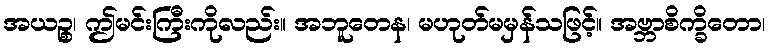
အယဉ္စ၊ ဤမင်းကြီးကိုလည်း။ အဘူတေန၊ မဟုတ်မမှန်သဖြင့်။ အဗ္ဘာစိက္ခိတော၊